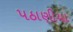
પઠાણીયા